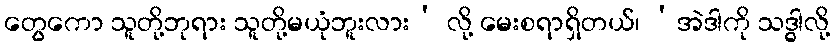
တွေကော သူတို့ဘုရား သူတို့မယုံဘူးလား’ လို့ မေးစရာရှိတယ်၊ ‘အဲဒါကို သဒ္ဓါလို့